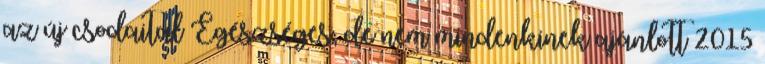
az új csodaital Egészséges, de nem mindenkinek ajánlott 2015